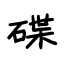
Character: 碟